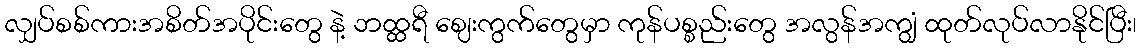
လျှပ်စစ်ကားအစိတ်အပိုင်းတွေ နဲ့ ဘထ္ထရီ ဈေးကွက်တွေမှာ ကုန်ပစ္စည်းတွေ အလွန်အကျွံ ထုတ်လုပ်လာနိုင်ပြီး၊